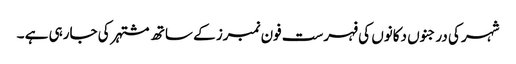
شہر کی درجنوں دکانوں کی فہرست فون نمبرز کے ساتھ مشتہر کی جارہی ہے ۔